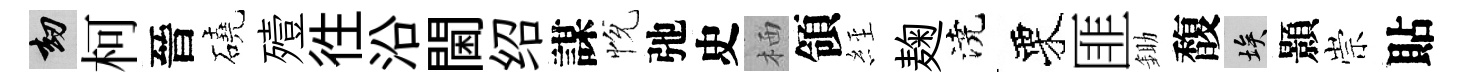
劫柯晉磽殪徃沿閫绍謀恱弛史栖領𦀇麹澆栗匪鋤馥埃顥崇貼